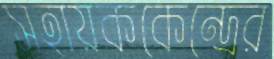
সহায়ককেন্দ্রের